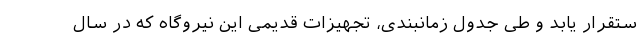
ستقرار یابد و طی جدول زمانبندی، تجهيزات قدیمی این نیروگاه که در سال